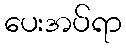
ပေးအပ်ရာ